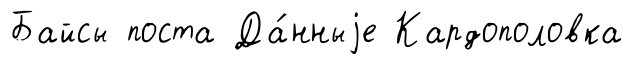
Байсы поста Да́нныjе Кардополовка